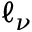
\ell _ { \nu }